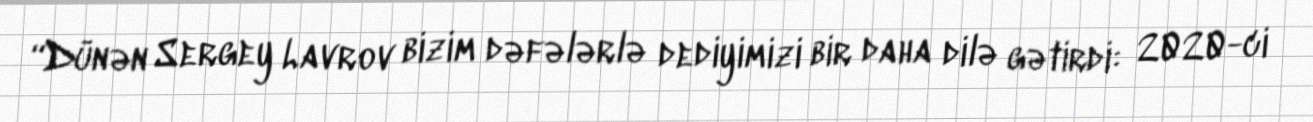
“Dünən Sergey Lavrov bizim dəfələrlə dediyimizi bir daha dilə gətirdi: 2020-ci